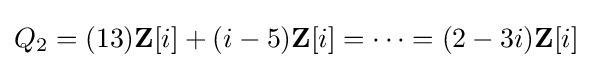
Q_{2}=(13)\mathbf {Z} [i]+(i-5)\mathbf {Z} [i]=\cdots =(2-3i)\mathbf {Z} [i]